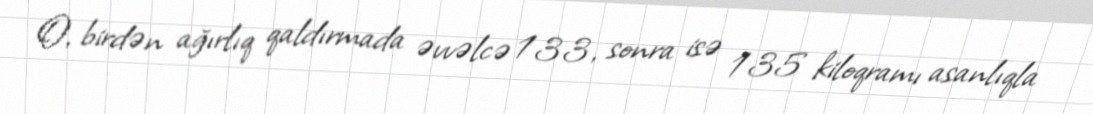
O, birdən ağırlıq qaldırmada əvvəlcə 133, sonra isə 135 kiloqramı asanlıqla